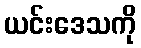
ယင်းဒေသကို